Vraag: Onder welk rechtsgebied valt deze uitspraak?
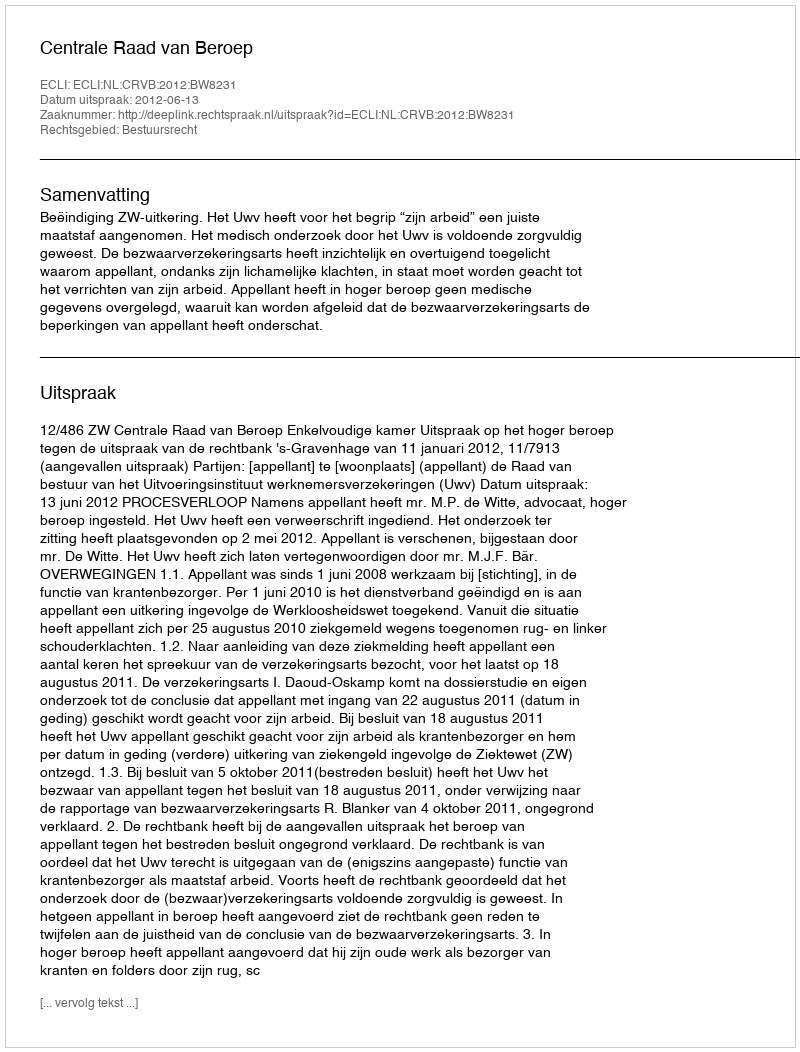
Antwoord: Bestuursrecht